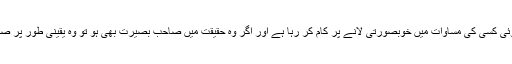
ایسا لگتا ہے جیسے کوئی کسی کی مساوات میں خوبصورتی لانے پر کام کر رہا ہے اور اگر وہ حقیقت میں صاحب بصیرت بھی ہو تو وہ یقینی طور پر صحیح راہ پر گامزن ہے۔